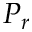
P _ { r }